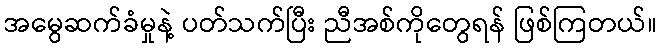
အမွေဆက်ခံမှုနဲ့ ပတ်သက်ပြီး ညီအစ်ကိုတွေရန် ဖြစ်ကြတယ်။